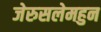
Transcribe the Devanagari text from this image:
जेरुसलेमहुन